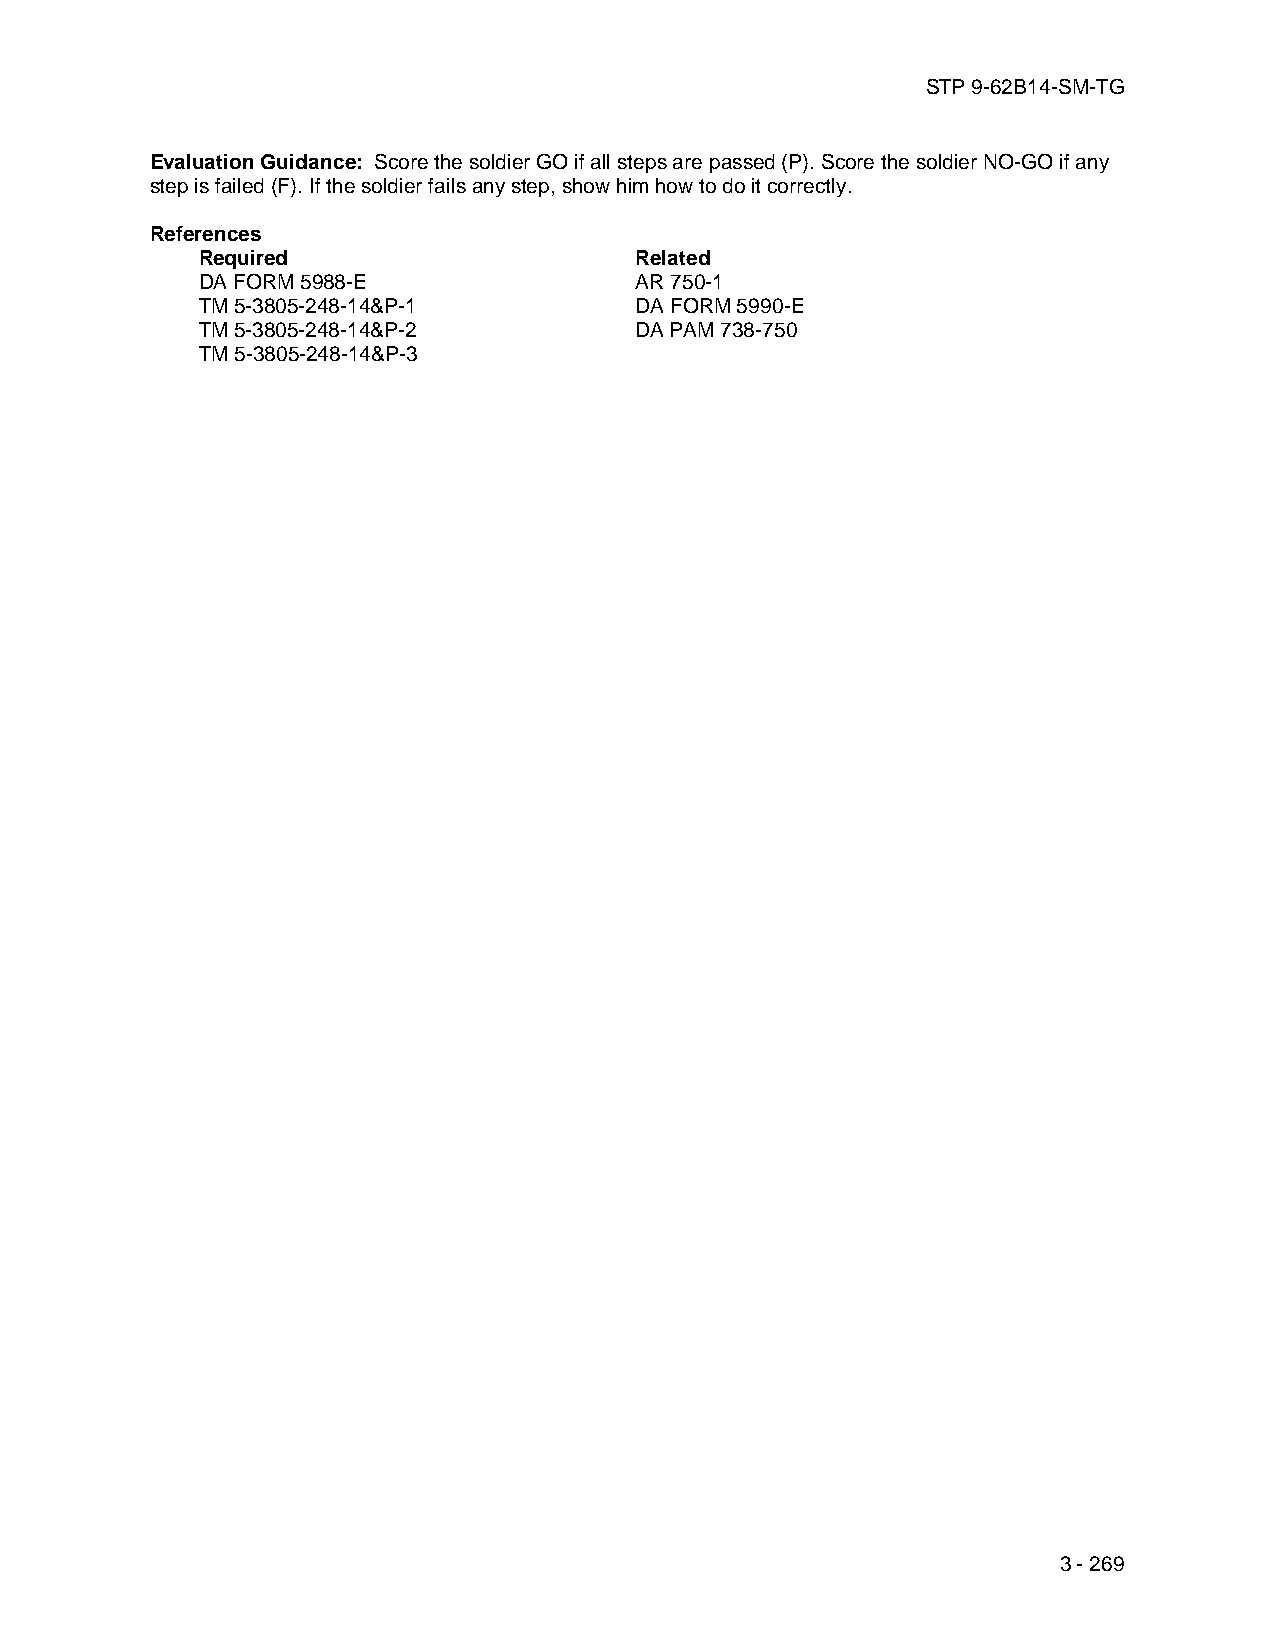
STP 9-62B14-SM-TG
 Evaluation Guidance: Score the soldier GO if all steps are passed (P). Score the soldier NO-GO if any
 step is failed (F). If the soldier fails any step, show him how to do it correctly.
 References
 Required                     Related
 DA FORM 5988-E               AR 750-1
 TM 5-3805-248-14&P-1         DA FORM 5990-E
 TM 5-3805-248-14&P-2         DA PAM 738-750
 TM 5-3805-248-14&P-3
 3 - 269